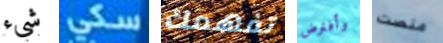
شيء سكي تفهمك وأفترض منصت